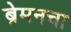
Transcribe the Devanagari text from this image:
ब्रेमनचा